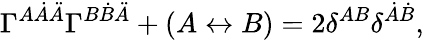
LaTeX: \Gamma^{A\dot{A}\ddot{A}}\Gamma^{B\dot{B}\ddot{A}}+(A\leftrightarrow B)=2\delta^{AB}\delta^{\dot{A}\dot{B}},